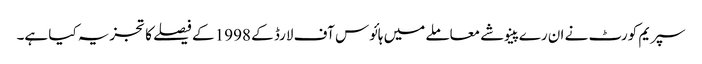
سپریم کورٹ نے ان رے پینوشے معاملے میں ہائوس آف لارڈ کے 1998 کے فیصلے کا تجزیہ کیا ہے۔